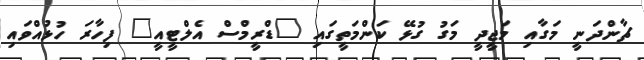
ޗާންދަނީ މަގާއި މަޖީދީ މަގު ގުޅޭ ކަންމަތީގައި "ޑްރީމްސް އެލްޓީއީ" ފިހާރަ ހުޅުއްވައި